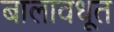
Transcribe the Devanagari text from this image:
बालावधूत